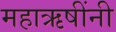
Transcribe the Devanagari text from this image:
महाऋषींनी